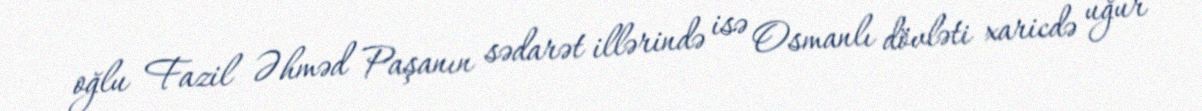
oğlu Fazil Əhməd Paşanın sədarət illərində isə Osmanlı dövləti xaricdə uğur